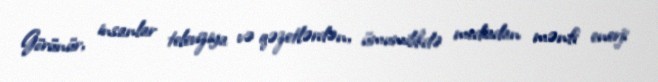
Görünür, insanlar televiziya və qəzetlərdən, ümumilikdə mediadan mənfi enerji